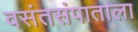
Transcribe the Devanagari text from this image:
वसंतसंपाताला